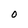
Character: O